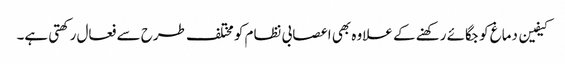
کیفین دماغ کو جگائے رکھنے کے علاوہ بھی اعصابی نظام کو مختلف طرح سے فعال رکھتی ہے۔